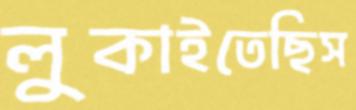
লুকাইতেছিস